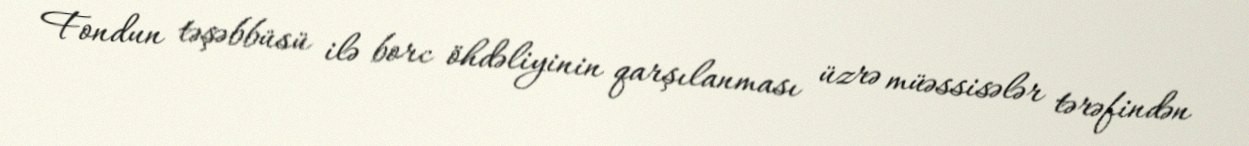
Fondun təşəbbüsü ilə borc öhdəliyinin qarşılanması üzrə müəssisələr tərəfindən